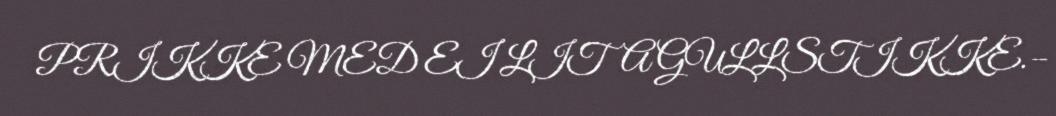
PRIKKE MED EI LITA GULLSTIKKE.–